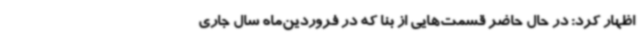
اظهار کرد: در حال حاضر قسمت‌هایی از بنا که در فروردین‌ماه سال جاری